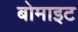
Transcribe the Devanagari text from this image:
बोमाइट